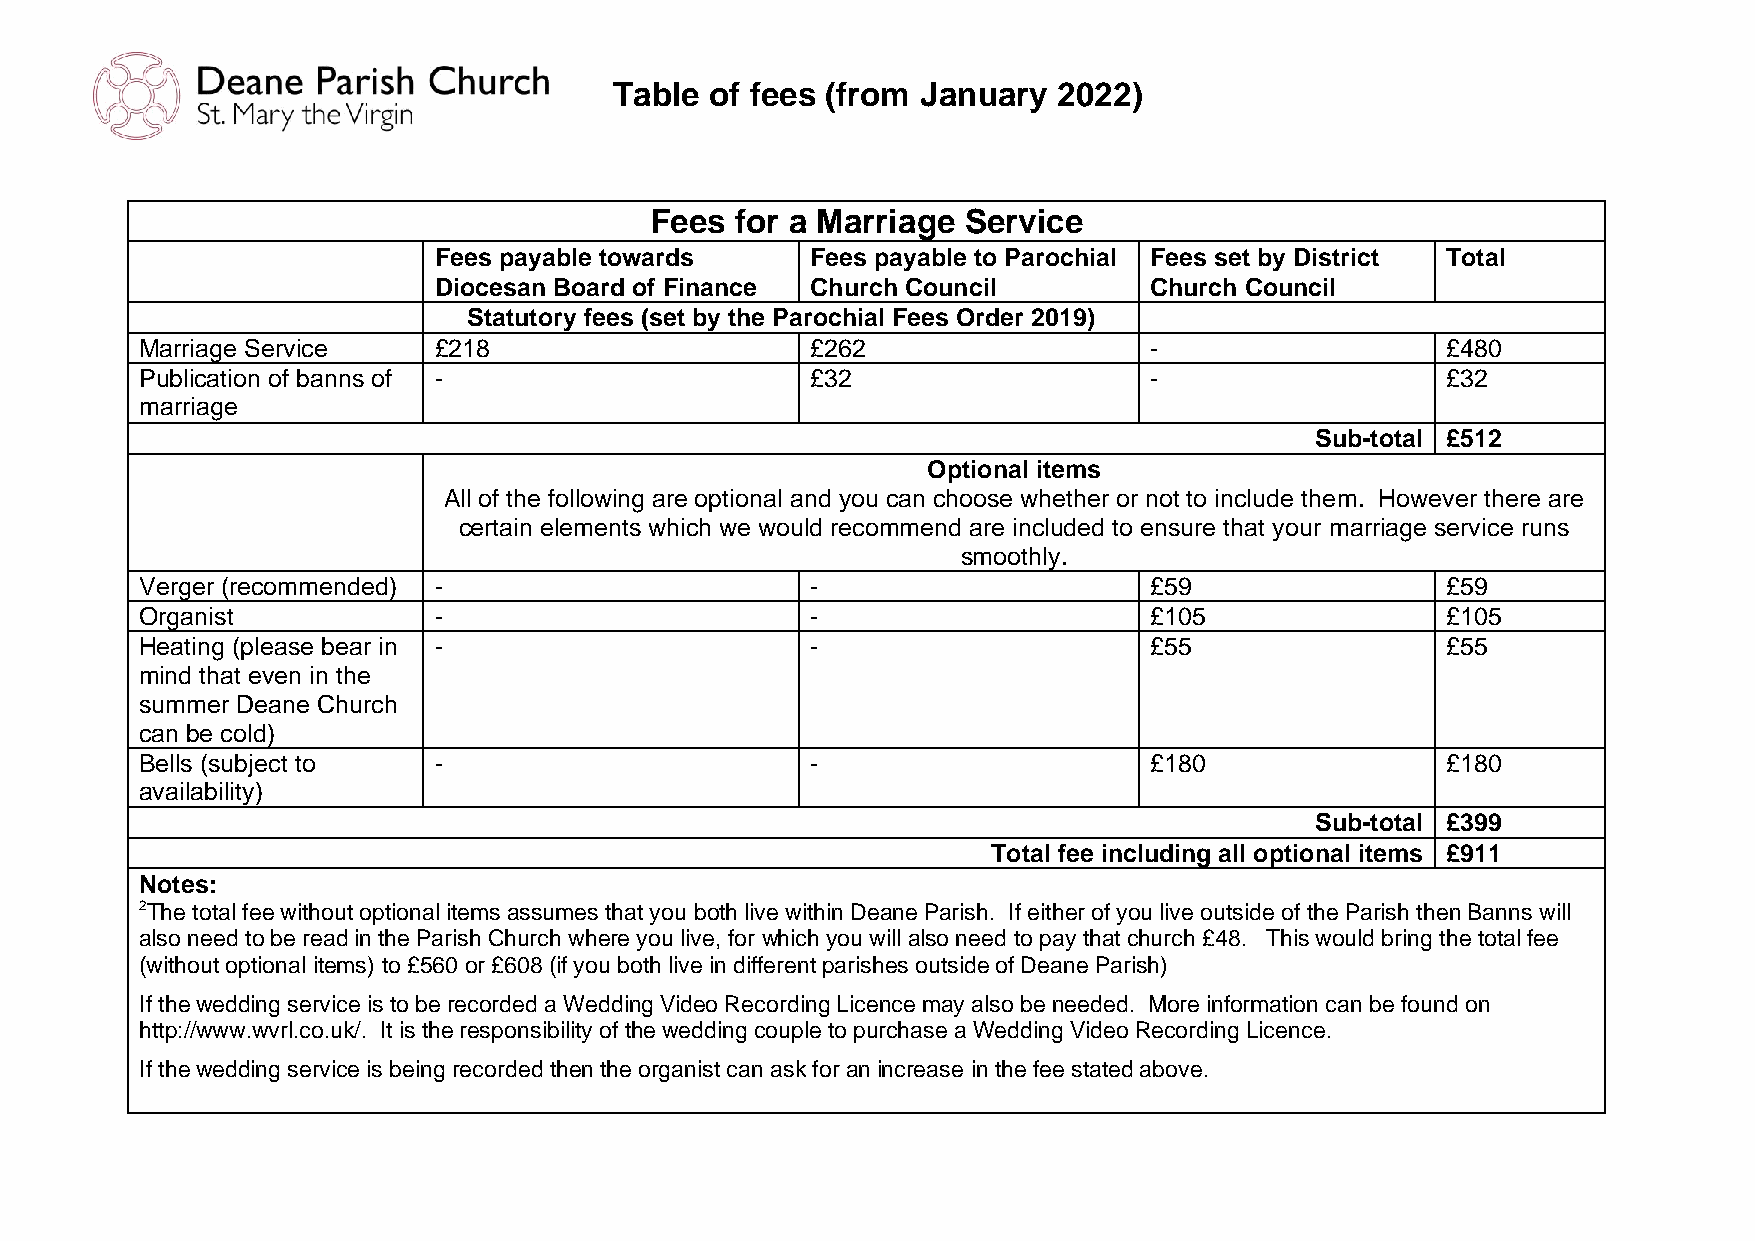
Table of fees (from January  2022)
 Fees  for a Marriage Service
 Fees payable towards     Fees payable to Parochial Fees set by District Total
 Diocesan Board of Finance Church Council       Church Council
 Statutory fees (set by the Parochial Fees Order 2019)
 Marriage Service    £218                     £262                  -                   £480
 Publication of banns of -                    £32                   -                   £32
 marriage
 Sub-total £512
 Optional items
 All of the following are optional and you can choose whether or not to include them. However there are
 certain elements which we would recommend are included to ensure that your marriage service runs
 smoothly.
 Verger (recommended) -                       -                     £59                 £59
 Organist            -                        -                     £105                £105
 Heating (please bear in -                    -                     £55                 £55
 mind that even in the
 summer Deane Church
 can be cold)
 Bells (subject to   -                        -                     £180                £180
 availability)
 Sub-total £399
 Total fee including all optional items £911
 Notes:
 2The total fee without optional items assumes that you both live within Deane Parish. If either of you live outside of the Parish then Banns will
 also need to be read in the Parish Church where you live, for which you will also need to pay that church £48. This would bring the total fee
 (without optional items) to £560 or £608 (if you both live in different parishes outside of Deane Parish)
 If the wedding service is to be recorded a Wedding Video Recording Licence may also be needed. More information can be found on
 http://www.wvrl.co.uk/. It is the responsibility of the wedding couple to purchase a Wedding Video Recording Licence.
 If the wedding service is being recorded then the organist can ask for an increase in the fee stated above.